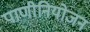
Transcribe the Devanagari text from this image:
पाणीनियोजन